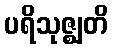
ပရိသုဇ္ဈတိ